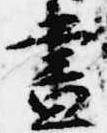
昼